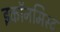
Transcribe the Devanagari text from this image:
इकॉनमिस्ट